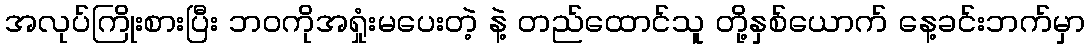
အလုပ်ကြိုးစားပြီး ဘဝကိုအရှုံးမပေးတဲ့ နဲ့ တည်ထောင်သူ တို့နှစ်ယောက် နေ့ခင်းဘက်မှာ